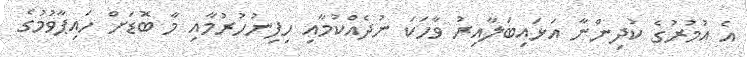
އެ އުމުރުގެ ކުދިންނާ އަޅައިބަލާއިރު ވާހަކަ ނުދެއްކުމާއި ހިފިނުހުރުމާއި މާ ބޮޑަށް ހައިޕާވުމުގެ